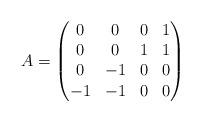
LaTeX: \begin{align*} A =\begin{pmatrix} 0 & 0 & 0 & 1 \\ 0 & 0 & 1 & 1 \\ 0 & -1 & 0 & 0 \\ -1 & -1 & 0 & 0 \\ \end{pmatrix} \end{align*}